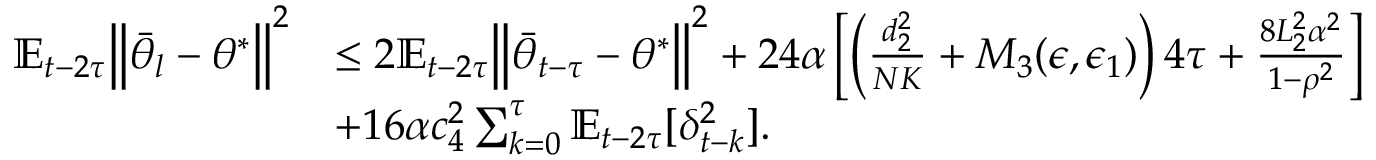
\begin{array} { r l } { \mathbb { E } _ { t - 2 \tau } \Big \lVert \bar { \theta } _ { l } - \theta ^ { * } \Big \rVert ^ { 2 } } & { \le 2 \mathbb { E } _ { t - 2 \tau } \Big \lVert \bar { \theta } _ { t - \tau } - \theta ^ { * } \Big \rVert ^ { 2 } + 2 4 \alpha \left[ \left( \frac { d _ { 2 } ^ { 2 } } { N K } + M _ { 3 } ( \epsilon , \epsilon _ { 1 } ) \right) 4 \tau + \frac { 8 L _ { 2 } ^ { 2 } \alpha ^ { 2 } } { 1 - \rho ^ { 2 } } \right] } \\ & { + 1 6 \alpha c _ { 4 } ^ { 2 } \sum _ { k = 0 } ^ { \tau } \mathbb { E } _ { t - 2 \tau } [ \delta _ { t - k } ^ { 2 } ] . } \end{array}